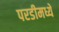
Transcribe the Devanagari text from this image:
परडीमध्ये